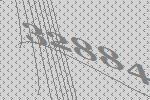
32884